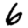
Digit: 6